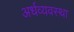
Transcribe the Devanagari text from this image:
अर्धव्यवस्था